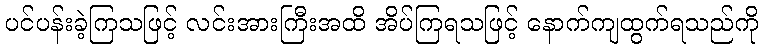
ပင်ပန်းခဲ့ကြသဖြင့် လင်းအားကြီးအထိ အိပ်ကြရသဖြင့် နောက်ကျထွက်ရသည်ကို